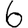
Digit: 6